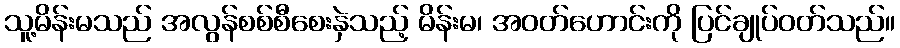
သူ့မိန်းမသည် အလွန်စစ်စီစေးနှဲသည့် မိန်းမ၊ အဝတ်ဟောင်းကို ပြင်ချုပ်ဝတ်သည်။